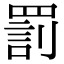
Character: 罰